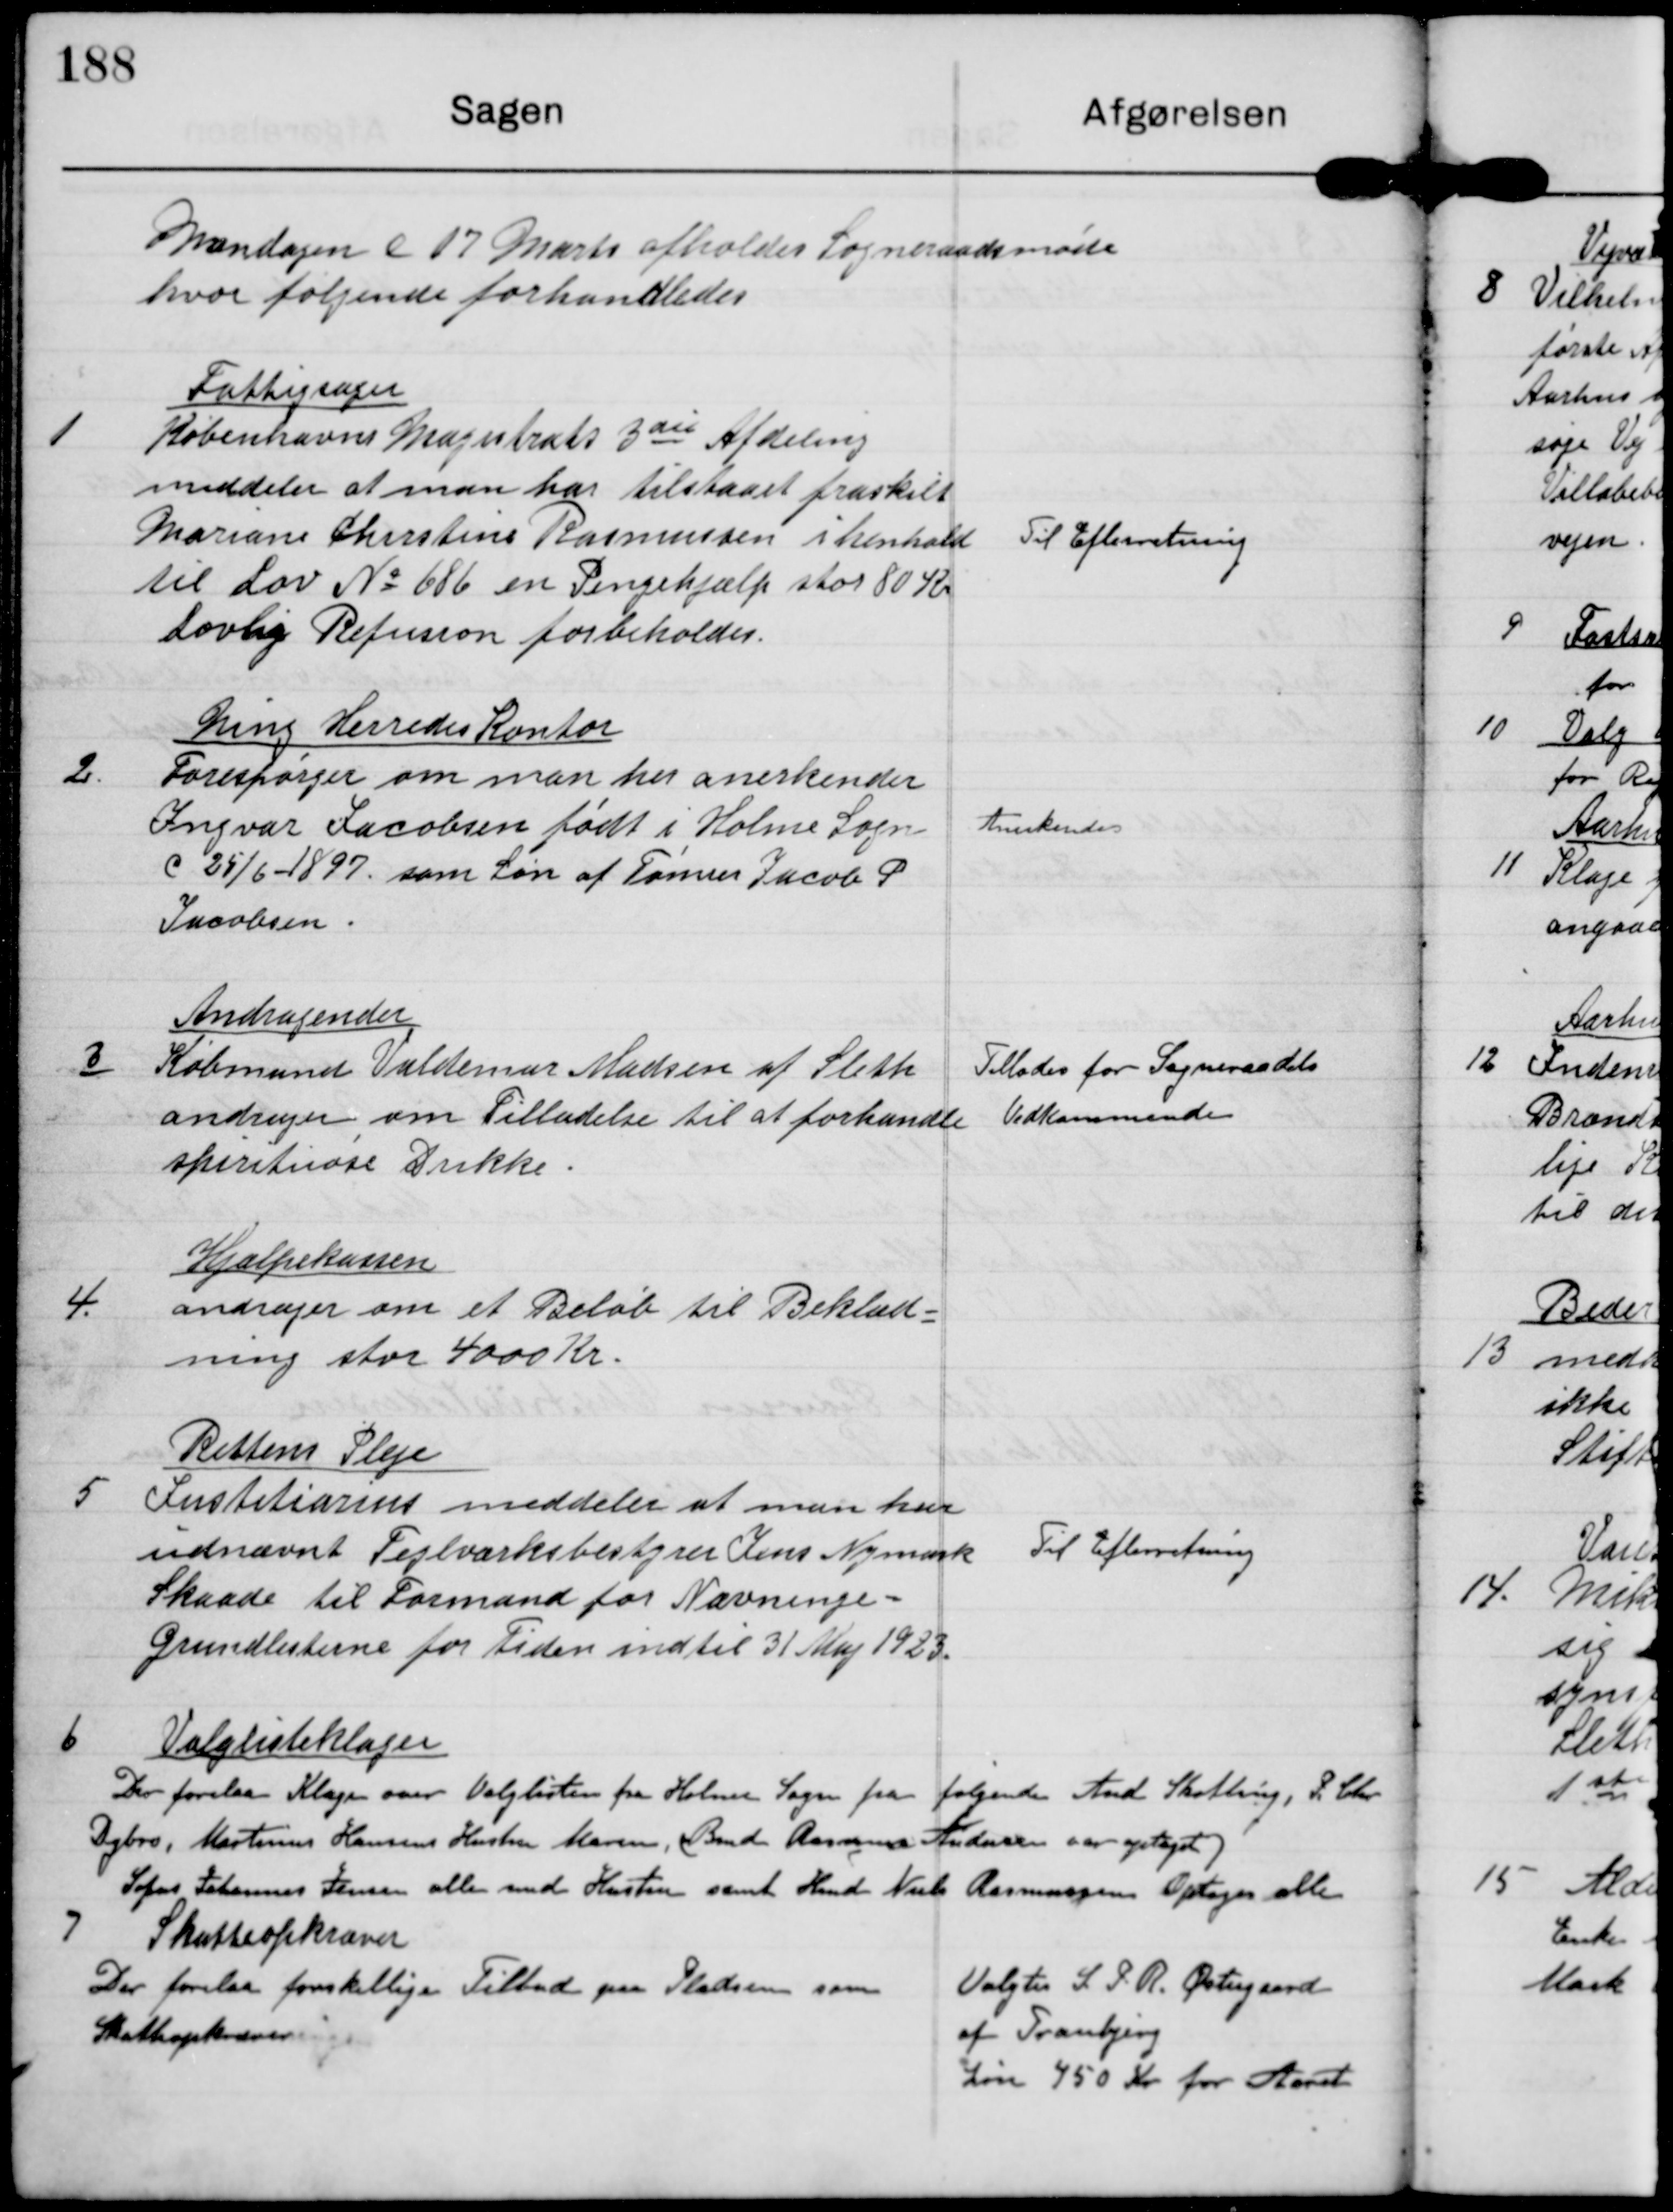
Transskription:
Mandagen d 17 Marts afholdes Sogneraadsmøde
hvor følgende forhandledes

1

Fattigsager
Københavns Magistrats 3die Afdeling
meddeler at man har tilstaaet fraskilt
Mariane Christine Rasmussen i henhold
til Lov No 686 en Pengehjælp stor 80 Kr
Lovlig Refusion forbeholdes

Til Efterretning

2

Ning Herredes Kontor
Forespørger om man her anerkender
Ingvar Jacobsen født i Holme Sogn
d 25/6-1897 som Søn af Tømrer Jacob P
Jacobsen

Anerkendes

3

Andragender
Købmand Valdemar Madsen af Sleth
andrager om Tilladelse til at forhandle
spiritiøse Drikke

Tillades for Sogneraadets
Vedkommende

4

Hjælpekassen
andrager om et Beløb til Beklæd-
ning stor 4000 Kr.

5

Rettens Pleje
Institionen meddeler at man har
udnævnt Teglværksbestyrer Jens Nymark
Skaade til Formand for Nævninge-
Grundlisterne for Tiden indtil 31 Maj 1923

Til Efterretning

6

Valglisteklager
Der forelaa Klager over Valglisten for Holme Sogn fra følgende And.Skatling, L. Chr.
Dybro, Martinus Hansens Hustru Maren, (Bmd Rasmus Andersen var optaget)
Sofus Johanns Jensen alle med Hustru samt Hmd Niels Rasmussen Optages alle.

7

Skatteoprkæver
Der forelaa forskellige Tilbud på Pldsen som
Skatteopkræver

Valgtes S J R. Østergaard
af Tranbjerg
Løn 450 Kr for Aaret